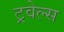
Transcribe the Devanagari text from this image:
ट्रवेल्स